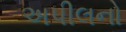
અપીલનો